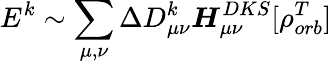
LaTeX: E^{k}\sim\sum_{\mu,\nu}\Delta D_{\mu\nu}^{k}\boldsymbol{H}_{\mu\nu}^{DKS}[\rho_{orb}^{T}]